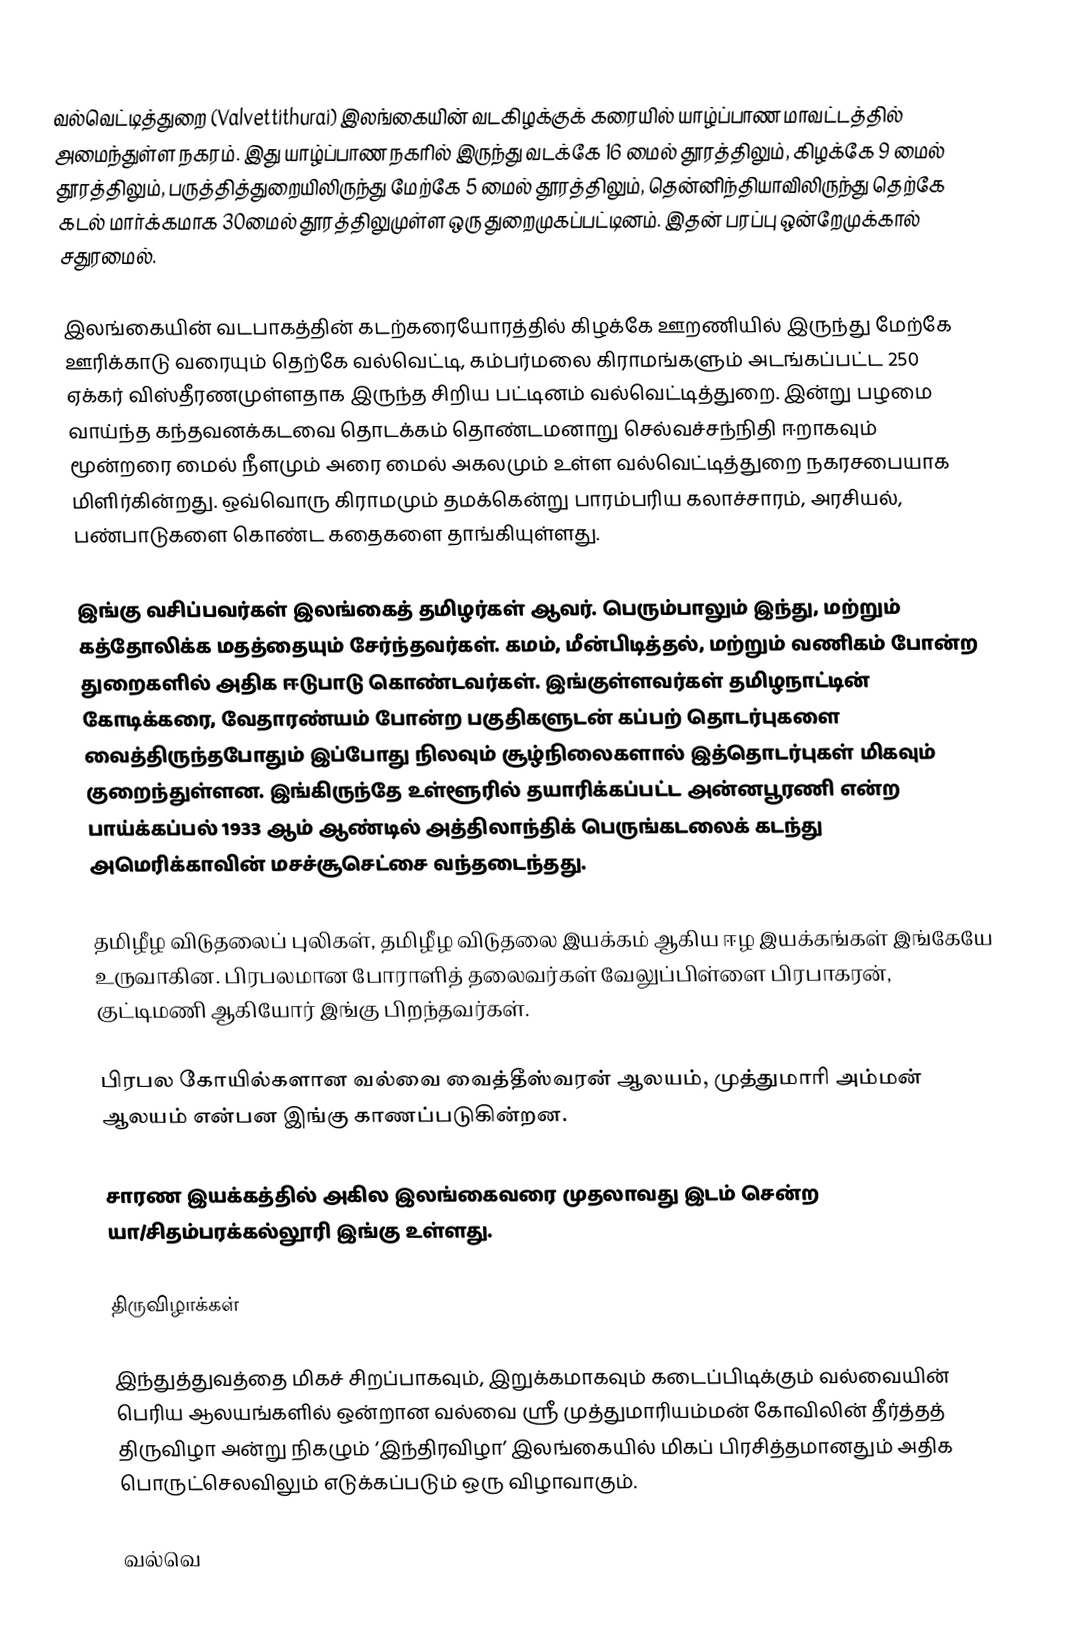
வல்வெட்டித்துறை (Valvettithurai) இலங்கையின் வடகிழக்குக் கரையில் யாழ்ப்பாண மாவட்டத்தில் அமைந்துள்ள நகரம். இது யாழ்ப்பாண நகரில் இருந்து வடக்கே 16 மைல் தூரத்திலும், கிழக்கே 9 மைல் தூரத்திலும், பருத்தித்துறையிலிருந்து மேற்கே 5 மைல் தூரத்திலும், தென்னிந்தியாவிலிருந்து தெற்கே கடல் மார்க்கமாக 30மைல் தூரத்திலுமுள்ள ஒரு துறைமுகப்பட்டினம். இதன் பரப்பு ஒன்றேமுக்கால் சதுரமைல்.

இலங்கையின் வடபாகத்தின் கடற்கரையோரத்தில் கிழக்கே ஊறணியில் இருந்து மேற்கே ஊரிக்காடு வரையும் தெற்கே வல்வெட்டி, கம்பர்மலை கிராமங்களும் அடங்கப்பட்ட 250 ஏக்கர் விஸ்தீரணமுள்ளதாக இருந்த சிறிய பட்டினம் வல்வெட்டித்துறை. இன்று பழமை வாய்ந்த கந்தவனக்கடவை தொடக்கம் தொண்டமனாறு செல்வச்சந்நிதி ஈறாகவும் மூன்றரை மைல் நீளமும் அரை மைல் அகலமும் உள்ள வல்வெட்டித்துறை நகரசபையாக மிளிர்கின்றது. ஒவ்வொரு கிராமமும் தமக்கென்று பாரம்பரிய கலாச்சாரம், அரசியல், பண்பாடுகளை கொண்ட கதைகளை தாங்கியுள்ளது.

இங்கு வசிப்பவர்கள் இலங்கைத் தமிழர்கள் ஆவர். பெரும்பாலும் இந்து, மற்றும் கத்தோலிக்க மதத்தையும் சேர்ந்தவர்கள். கமம், மீன்பிடித்தல், மற்றும் வணிகம் போன்ற துறைகளில் அதிக ஈடுபாடு கொண்டவர்கள். இங்குள்ளவர்கள் தமிழநாட்டின் கோடிக்கரை, வேதாரண்யம் போன்ற பகுதிகளுடன் கப்பற் தொடர்புகளை வைத்திருந்தபோதும் இப்போது நிலவும் சூழ்நிலைகளால் இத்தொடர்புகள் மிகவும் குறைந்துள்ளன. இங்கிருந்தே உள்ளூரில் தயாரிக்கப்பட்ட அன்னபூரணி என்ற பாய்க்கப்பல் 1933 ஆம் ஆண்டில் அத்திலாந்திக் பெருங்கடலைக் கடந்து அமெரிக்காவின் மசச்சூசெட்சை வந்தடைந்தது.

தமிழீழ விடுதலைப் புலிகள், தமிழீழ விடுதலை இயக்கம் ஆகிய ஈழ இயக்கங்கள் இங்கேயே உருவாகின. பிரபலமான போராளித் தலைவர்கள் வேலுப்பிள்ளை பிரபாகரன், குட்டிமணி ஆகியோர் இங்கு பிறந்தவர்கள்.

பிரபல கோயில்களான வல்வை வைத்தீஸ்வரன் ஆலயம், முத்துமாரி அம்மன் ஆலயம் என்பன இங்கு காணப்படுகின்றன.

சாரண இயக்கத்தில் அகில இலங்கைவரை முதலாவது இடம் சென்ற யா/சிதம்பரக்கல்லூரி இங்கு உள்ளது.

திருவிழாக்கள்

இந்துத்துவத்தை மிகச் சிறப்பாகவும், இறுக்கமாகவும் கடைப்பிடிக்கும் வல்வையின் பெரிய ஆலயங்களில் ஒன்றான வல்வை ஸ்ரீ முத்துமாரியம்மன் கோவிலின் தீர்த்தத் திருவிழா அன்று நிகழும் ‘இந்திரவிழா’ இலங்கையில் மிகப் பிரசித்தமானதும் அதிக பொருட்செலவிலும் எடுக்கப்படும் ஒரு விழாவாகும்.

வல்வெ